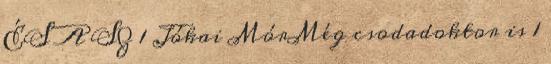
ÉS A SZ 1 Jókai MórMég csodadoktor is 1